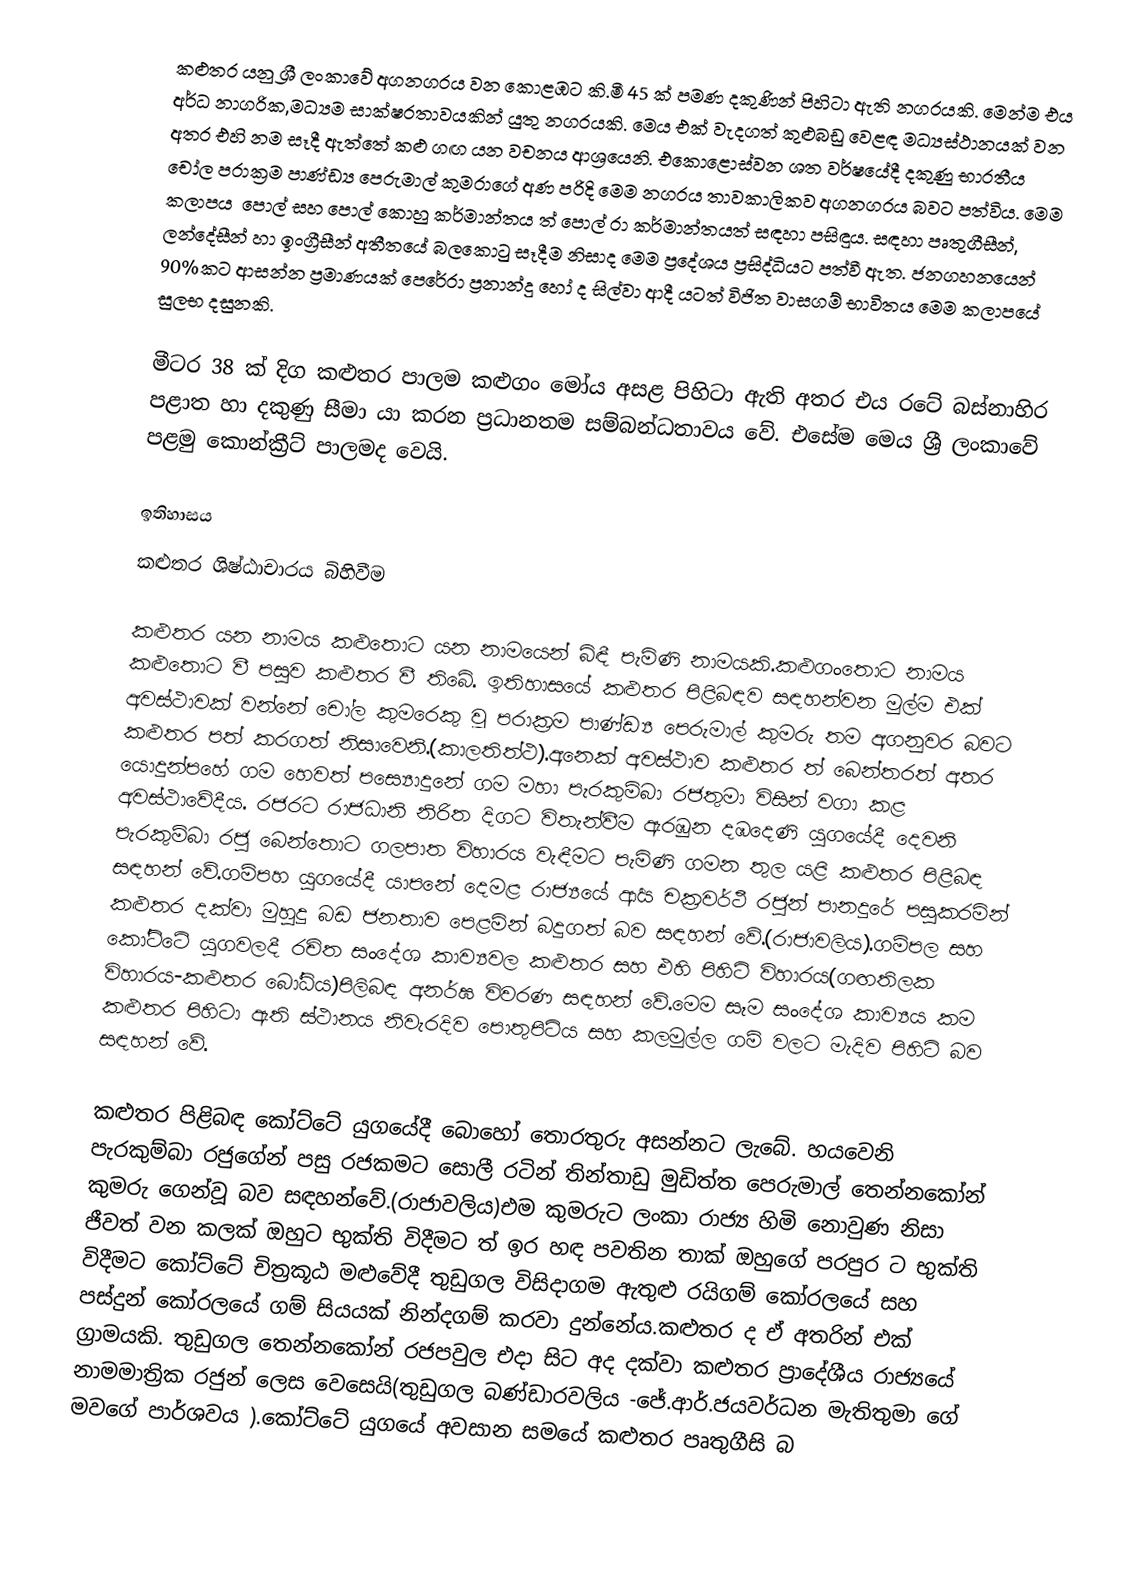
කළුතර යනු ශ්‍රී ලංකාවේ අගනගරය වන කොළඹට කි‍‍.මී 45 ක් පමණ දකුණින් පිහිටා ඇති නගරයකි. මෙන්ම  එය අර්ධ නාගරික,මධ්‍යම සාක්ෂරතාවයකින් යුතු නගරයකි.  මෙය එක් වැදගත් කුළුබඩු ‍‍වෙළඳ මධ්‍යස්ථානයක් වන අතර එහි නම සෑදී ඇත්තේ කළු ගඟ යන වචනය ආශ්‍ර‍‍යෙනි. එකො‍‍‍ළොස්වන ශත වර්ෂයේදී දකුණු භාරතීය චෝල පරාක්‍රම පාණ්ඩ්‍ය පෙරුමාල්  කුමරාගේ අණ පරිදි ‍මෙම නගරය තාවකාලිකව අගනගරය බවට පත්විය. මෙම කලාපය ‍‍ ‍පොල් සහ පොල් කොහු කර්මාන්තය ත් පොල් රා කර්මාන්තයත් සඳහා පසිඳුය. සඳහා පෘතුගීසීන්, ලන්දේසීන් හා ඉංග්‍රීසීන් අතීතයේ  බලකොටු සෑදීම නිසාද මෙම ප්‍රදේශය ප්‍රසිද්ධියට පත්වී ඇත. ජනගහනයෙන් 90%කට ආසන්න ප්‍රමාණයක් පෙරේරා ප්‍රනාන්දු හෝ ද සිල්වා ආදී යටත් විජිත වාසගම් භාවිතය මෙම කලාපයේ සුලභ දසුනකි.

මීටර 38 ක් දිග කළුතර පාලම කළුගං මෝය අසළ පිහිටා ඇති අතර එය ර‍ටේ බස්නාහිර පළාත හා දකුණු සීමා යා කරන ප්‍රධානතම සම්බන්ධතාවය වේ. එසේම මෙය ශ්‍රී ලංකාවේ පළමු ‍කොන්ක්‍රීට් පාලමද වෙයි.

ඉතිහාසය
කළුතර ශිෂ්ඨාචාරය බිහිවීම

කළුතර යන නාමය කළුතොට යන නාමයෙන් බිඳී පැමිණි නාමයකි.කළුගංතොට නාමය කළුතොට වී පසුව කළුතර වී තිබේ. ඉතිහාසයේ කළුතර පිළිබඳව සඳහන්වන මුල්ම එක් අවස්ථාවක් වන්නේ චෝල කුමරෙකු වූ පරාක්‍රම පාණ්ඩ්‍ය පෙරුමාල් කුමරු තම අගනුවර බවට කළුතර පත් කරගත් නිසාවෙනි.(කාලතිත්ථ).අනෙක් අවස්ථාව කළුතර ත් බෙන්තරත් අතර යොදුන්පහේ ගම හෙවත් පස්‍යොදුනේ ගම මහා පැරකුම්බා රජතුමා විසින් වගා කළ අවස්ථාවේදීය. රජරට රාජධානි නිරිත දිගට විතැන්වීම ඇරඹුන දඹදෙණි යුගයේදී දෙවනි පැරකුම්බා රජු බෙන්තොට ගලපාත විහාරය වැඳීමට පැමිණි ගමන තුල යළි කළුතර පිළිබඳ සඳහන් වේ.ගම්පහ යුගයේදී යාපනේ දෙමළ රාජ්‍යයේ ආර්‍ය චක්‍රවර්ථී රජුන් පානදුරේ පසුකරමින් කළුතර දක්වා මුහුදු බඩ ජනතාව පෙළමින් බදුගත් බව සඳහන් වේ.(රාජාවලිය).ගම්පල සහ කෝට්ටේ යුගවලදී රචිත සංදේශ කාව්‍යවල කළුතර සහ එහි පිහිටි විහාරය(ගඟතිලක විහාරය-කළුතර බෝධිය)පිලිබඳ අනර්ඝ විවරණ සඳහන් වේ.මෙම සෑම සංදේශ කාව්‍යය කම කළුතර පිහිටා ඇති ස්ථානය නිවැරදිව පොතුපිටිය සහ කලමුල්ල ගම් වලට මැදිව පිහිටි බව සඳහන් වේ.

කළුතර පිළිබඳ කෝට්ටේ යුගයේදී බොහෝ තොරතුරු අසන්නට ලැබේ. හයවෙනි පැරකුම්බා රජුගේන් පසු රජකමට සොලී රටින් තින්තාඩු මුඩිත්ත පෙරුමාල් තෙන්නකෝන් කුමරු ගෙන්වූ බව සඳහන්වේ.(රාජාවලිය)එම කුමරුට ලංකා රාජ්‍ය හිමි නොවුණ නිසා ජීවත් වන කලක් ඔහුට භුක්ති විදීමට ත් ඉර  හඳ පවතින තාක් ඔහුගේ පරපුර ට භුක්ති විදීමට කෝට්ටේ චිත්‍රකූඨ මළුවේදී තුඩුගල විසිදාගම ඇතුළු රයිගම් කෝරලයේ සහ පස්දුන් කෝරලයේ ගම් සියයක් නින්දගම් කරවා දුන්නේය.කළුතර ද ඒ අතරින් එක් ග්‍රාමයකි. තුඩුගල තෙන්නකෝන් රජපවුල එදා සිට අද දක්වා කළුතර ප්‍රාදේශීය රාජ්‍යයේ නාමමාත්‍රික රජුන් ලෙස වෙසෙයි(තුඩුගල බණ්ඩාරවලිය -ජේ.ආර්.ජයවර්ධන මැතිතුමා ගේ මවගේ පාර්ශවය ).කෝට්ටේ යුගයේ අවසාන සමයේ කළුතර පෘතුගීසි බ